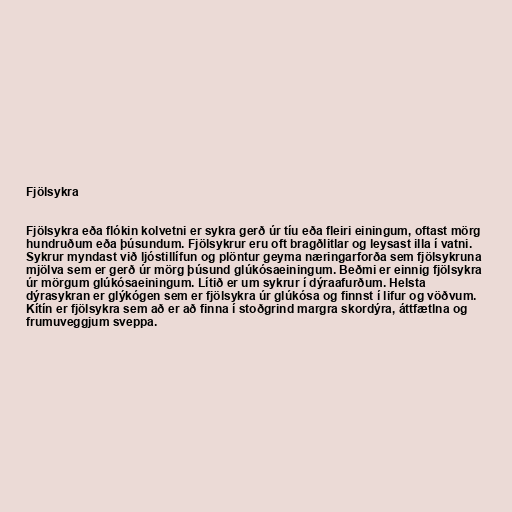
Fjölsykra

Fjölsykra eða flókin kolvetni er sykra gerð úr tíu eða fleiri einingum, oftast mörg
hundruðum eða þúsundum. Fjölsykrur eru oft bragðlitlar og leysast illa í vatni.
Sykrur myndast við ljóstillífun og plöntur geyma næringarforða sem fjölsykruna
mjölva sem er gerð úr mörg þúsund glúkósaeiningum. Beðmi er einnig fjölsykra
úr mörgum glúkósaeiningum. Lítið er um sykrur í dýraafurðum. Helsta
dýrasykran er glýkógen sem er fjölsykra úr glúkósa og finnst í lifur og vöðvum.
Kítín er fjölsykra sem að er að finna í stoðgrind margra skordýra, áttfætlna og
frumuveggjum sveppa.